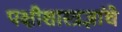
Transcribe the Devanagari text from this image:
पक्षीशास्त्रज्ञांचे